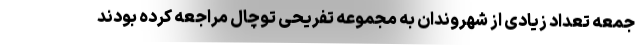
جمعه تعداد زیادی از شهروندان به مجموعه تفریحی توچال مراجعه کرده بودند